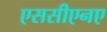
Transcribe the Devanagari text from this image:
एससीएनए